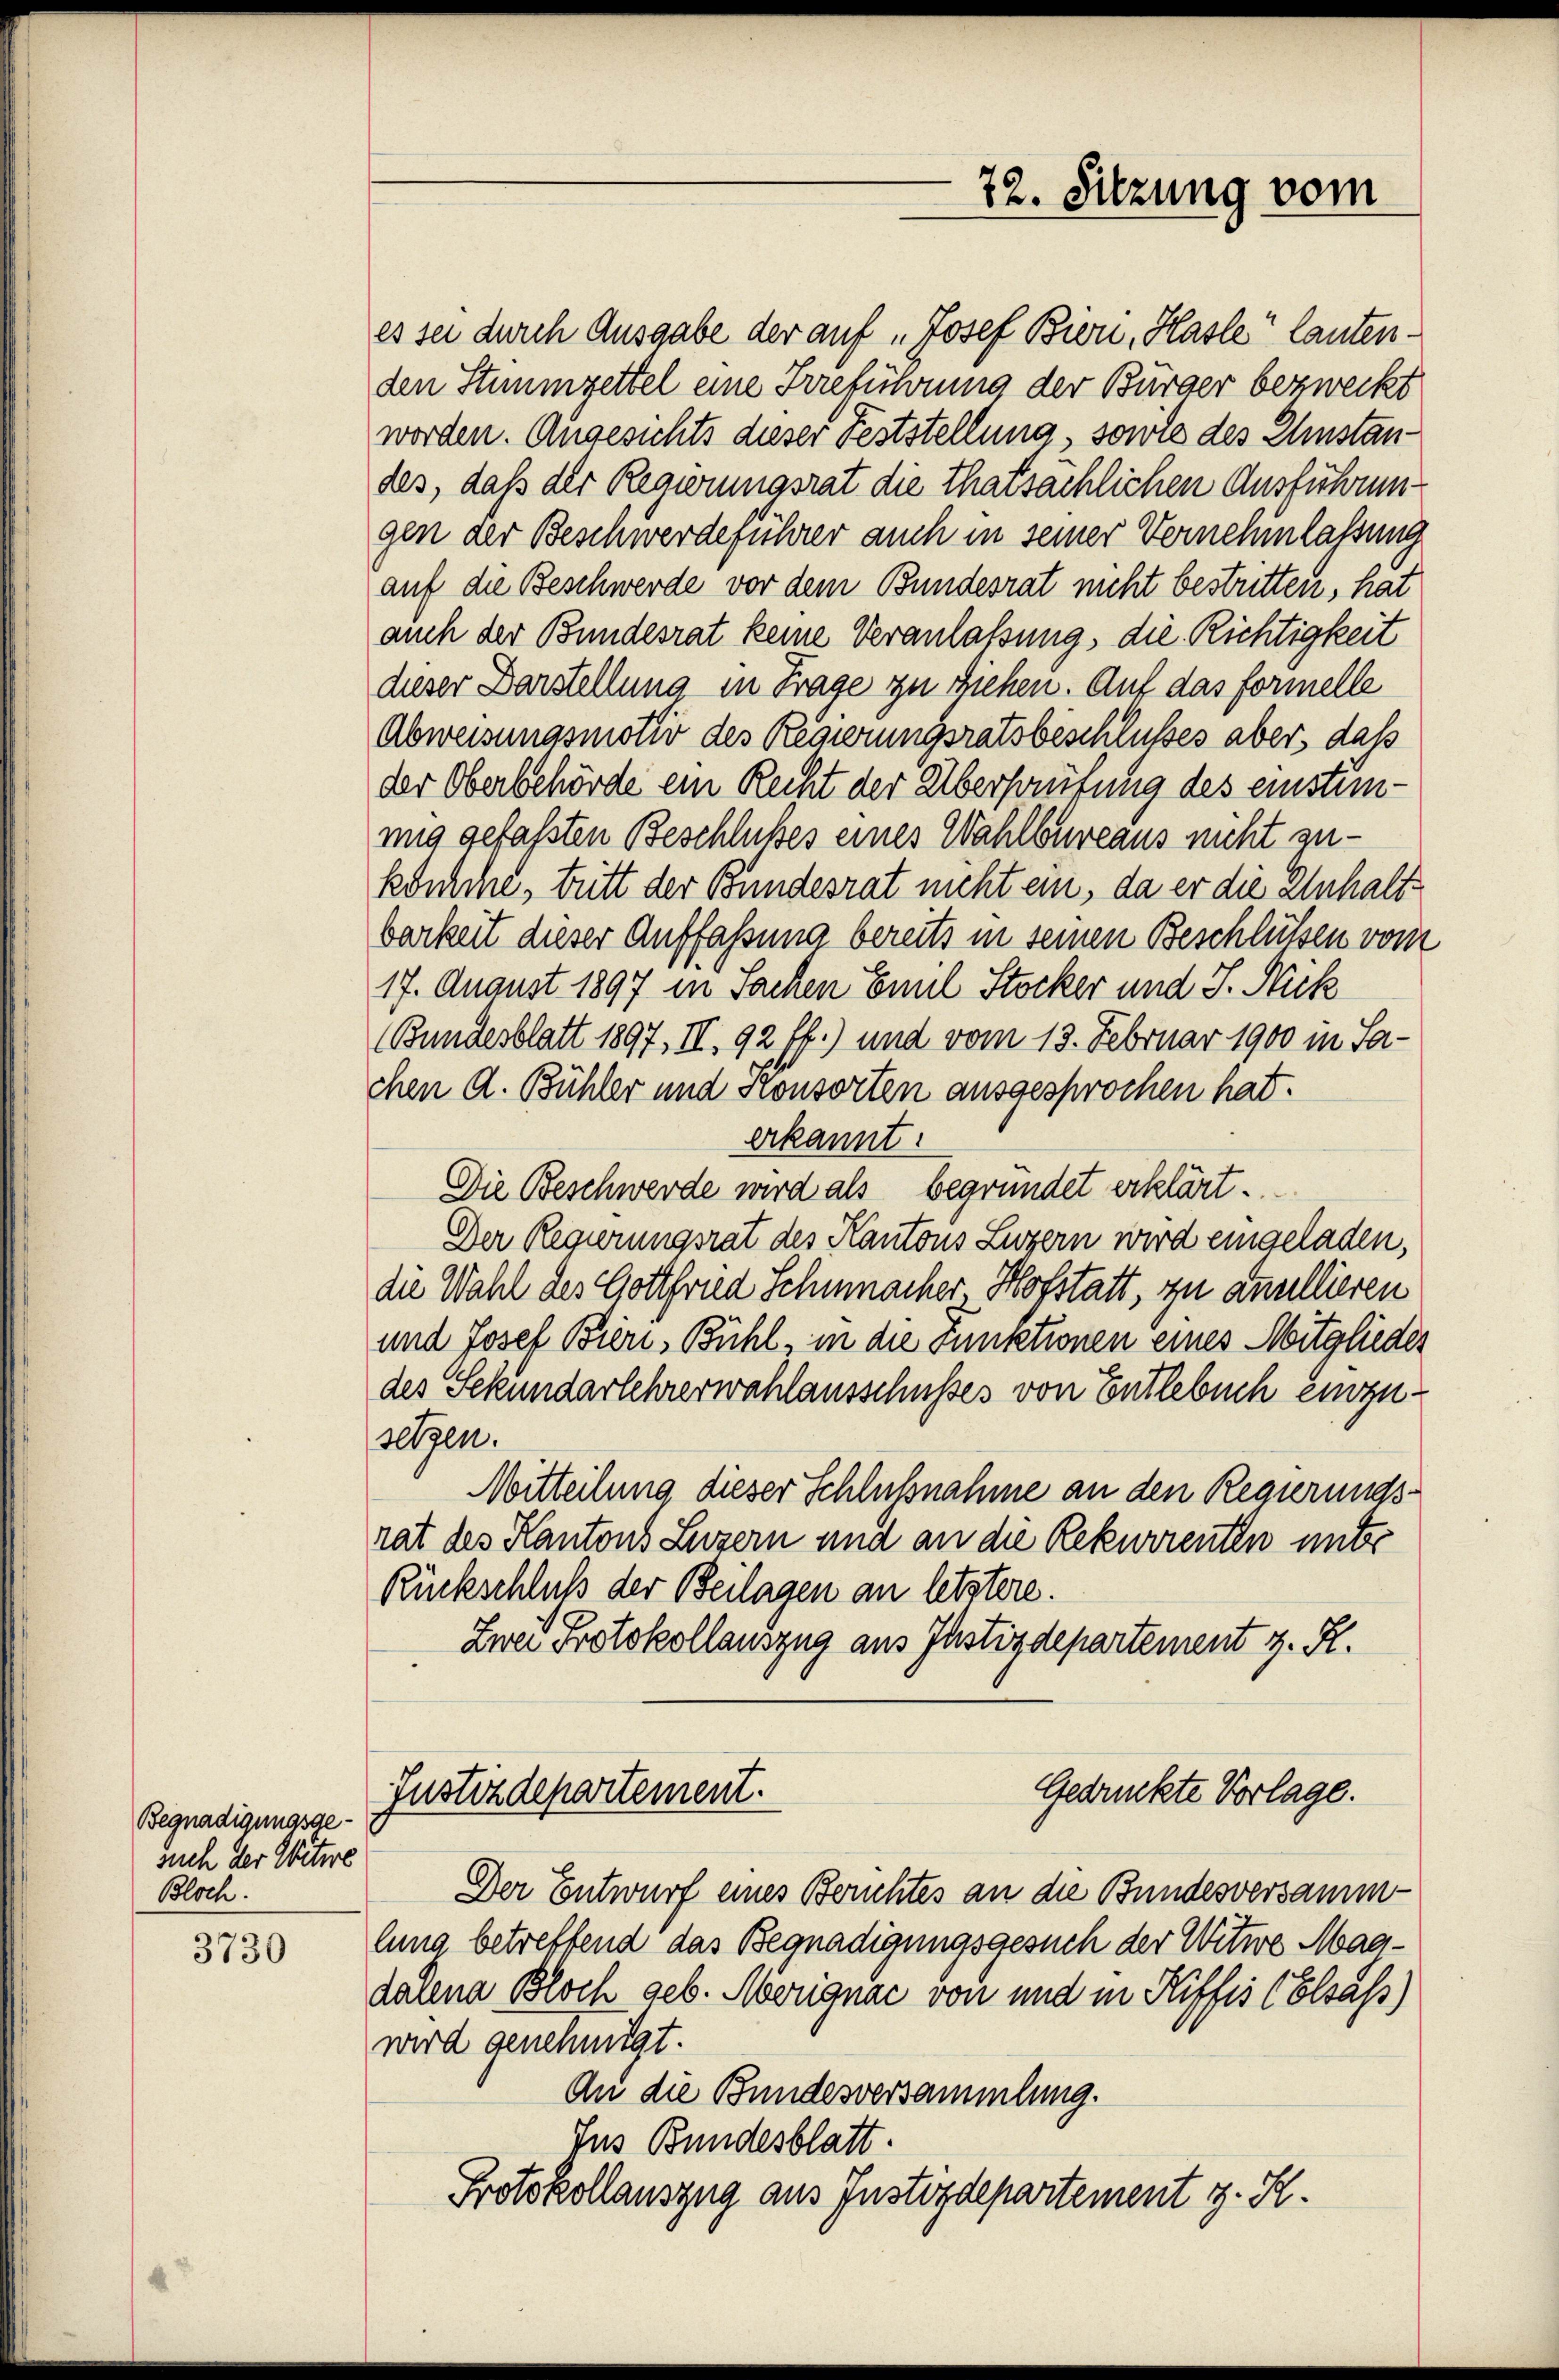
Begnadigungsgesuch der Witwe
Bloch.

3730

es sei durch Ausgabe der auf „Josef Bren, Hasle lautenden Stummzettel eine Irreführung der Bürger bezweckt
worden. Angesichts dieser Feststellung, sowie des Einstandes, daß der Regierungsrat die thatsächlichen Ausführungen der Beschwerdeführer auch in seiner Vernehmlassung
auf die Beschwerde vor dem Bundesrat nicht bestritten, hat
auch der Bundesrat keine Veranlassung, die Richtigkeit
dieser Darstellung in Frage zu ziehen. Auf das formelle
Abweisungsmotiv des Regierungsratsbeschlusses aber, daß
der Oberbehörde ein Recht der Überhaufung des einstimmig gefassten Beschlußes eines Wahlbureaus nicht zukönche, tritt der Bundesrat nicht ein, da er die Unhaltbarkeit dieser Auffassung bereits in seinen Beschlüssen vom
17. August 1897 in Sachen Emil Stocker und J. Nick
(Bundesblatt 1897, II. 92 ff.) und vom 13. Februar 1900 in Sachen A. Bühler und Konsorten ausgesprochen hat.
erkannt:
Die Beschwerde wird als begründet erklärt.
Der Regierungsrat des Kantons Luzern wird eingeladen,
die Wahl des Gottfried Schmacher, Hofstatt, zu anullieren
und Josef Bieri, Bühl, in die Functionen eines Mitglieder
des Sekundarlehrerwahlausschusses von Entlebuch einzusetzen.
Mitteilung dieser Schlußnahme an den Regierungsrat des Kantons Luzern und an die Rekurrenten unter
Rückschluß der Beilagen an letztere.
Zwei Protokollauszug aus Justizdepartement z. R.
Gedrückte Vorlage.
Justizdepartement.
Der Entwurf eines Berichtes an die Bundesversammlung betreffend das Begnadigungsgesuch der Witwe Magdalena Bloch geb. Morignac von und in Riffes (Elsass)
wird genehmigt.
An die Bundesversammlung.
Jus Bundesblatt.
Protokollauszug aus Justizdepartement v. K.

72. Sitzung vom